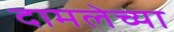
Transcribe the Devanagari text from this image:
दामलेच्या